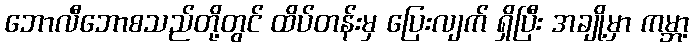
ဘောလီဘောစသည်တို့တွင် ထိပ်တန်းမှ ပြေးလျက် ရှိပြီး အချို့မှာ ကမ္ဘာ့